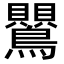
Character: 鸎